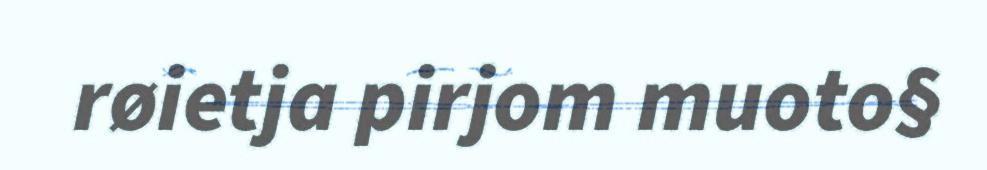
røietja pirjom muoto§